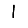
Digit: 1